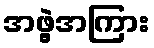
အဖွဲ့အကြား